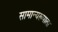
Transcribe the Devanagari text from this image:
सामान्यरूपाला